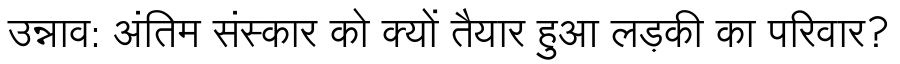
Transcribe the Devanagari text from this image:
उन्नाव: अंतिम संस्कार को क्यों तैयार हुआ लड़की का परिवार?